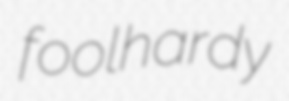
foolhardy